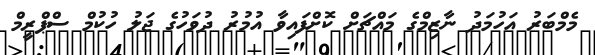
މެމްބަރު އަހުމަދު ނާޒިމްގެ މައްޗަށް ކޮށްފައިވާ އުމުރު ދުވަހުގެ ޖަލު ހުކުމް ސްޕްރީމް